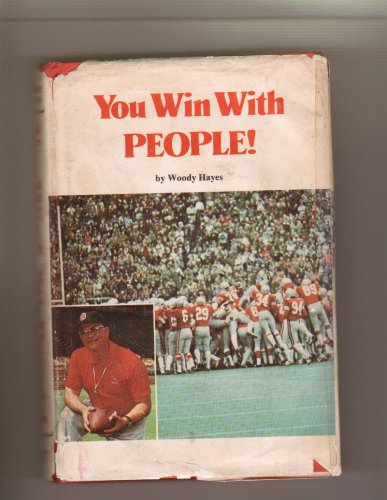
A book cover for You win with people!; Woody Hayes; Sports & Outdoors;